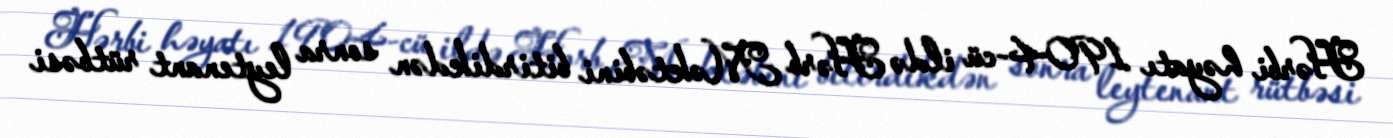
Hərbi həyatı 1904-cü ildə Hərb Məktəbini bitirdikdən sonra leytenant rütbəsi